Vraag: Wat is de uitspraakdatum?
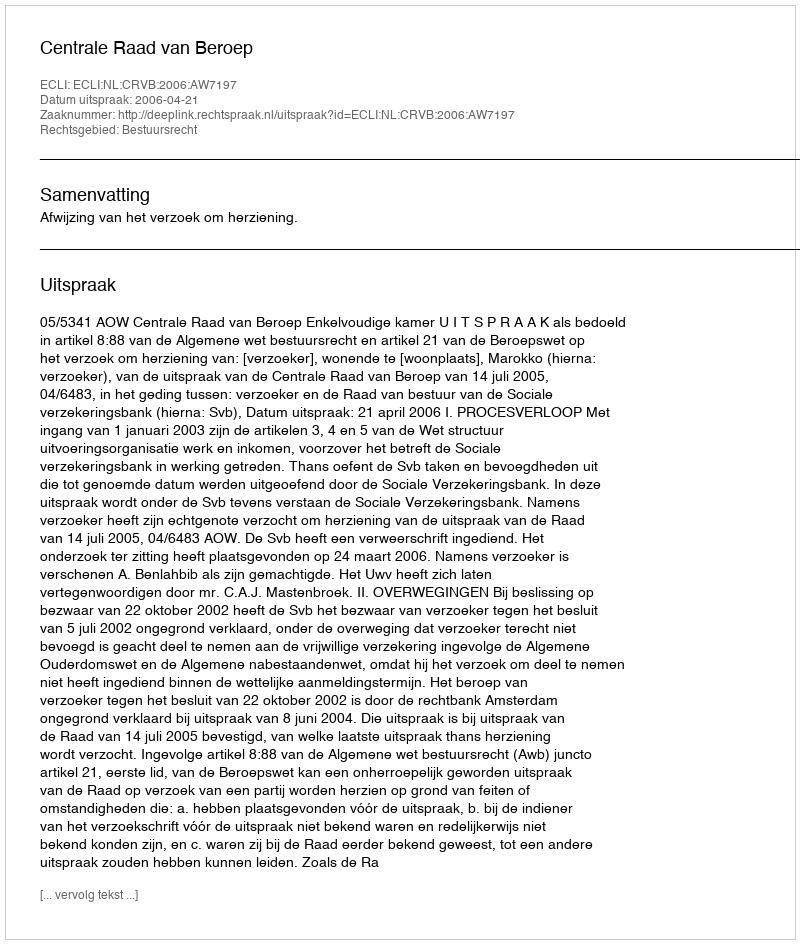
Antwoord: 2006-04-21